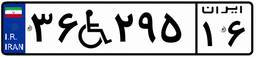
۳۶W۲۹۵۱۶